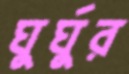
ঘুর্ঘুর